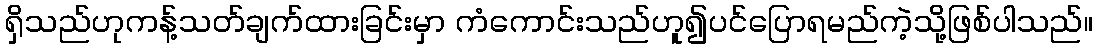
ရှိသည်ဟုကန့်သတ်ချက်ထားခြင်းမှာ ကံကောင်းသည်ဟူ၍ပင်ပြောရမည်ကဲ့သို့ဖြစ်ပါသည်။